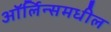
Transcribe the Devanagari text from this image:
ऑर्लिन्समधील